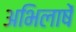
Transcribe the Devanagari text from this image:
अभिलाषें